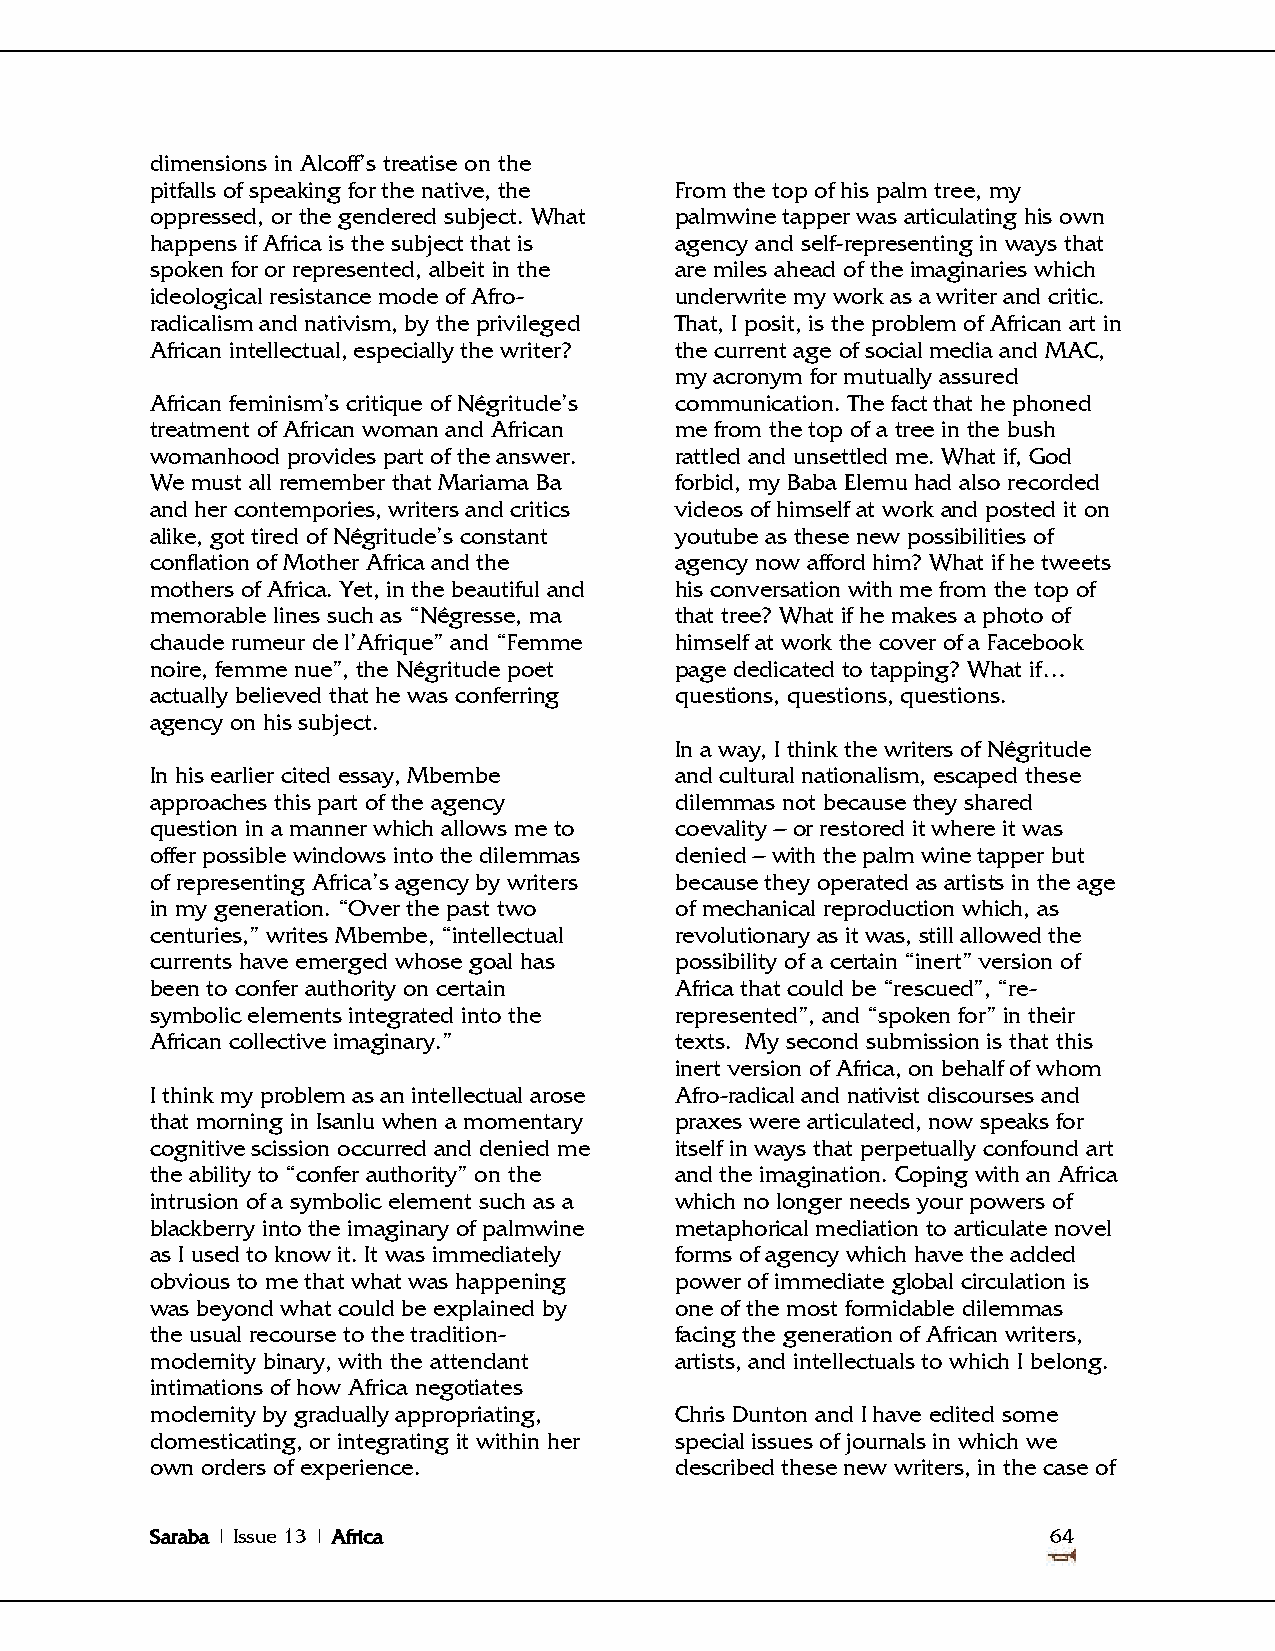
dimensions in Alcoff‘s treatise on the
 pitfalls of speaking for the native, the From the top of his palm tree, my
 oppressed, or the gendered subject. What palmwine tapper was articulating his own
 happens if Africa is the subject that is agency and self-representing in ways that
 spoken for or represented, albeit in the are miles ahead of the imaginaries which
 ideological resistance mode of Afro- underwrite my work as a writer and critic.
 radicalism and nativism, by the privileged That, I posit, is the problem of African art in
 African intellectual, especially the writer? the current age of social media and MAC,
 my acronym for mutually assured
 African feminism‘s critique of Négritude‘s communication. The fact that he phoned
 treatment of African woman and African me from the top of a tree in the bush
 womanhood provides part of the answer. rattled and unsettled me. What if, God
 We must all remember that Mariama Ba forbid, my Baba Elemu had also recorded
 and her contempories, writers and critics videos of himself at work and posted it on
 alike, got tired of Négritude‘s constant youtube as these new possibilities of
 conflation of Mother Africa and the agency now afford him? What if he tweets
 mothers of Africa. Yet, in the beautiful and his conversation with me from the top of
 memorable lines such as ―Négresse, ma that tree? What if he makes a photo of
 chaude rumeur de l‘Afrique‖ and ―Femme himself at work the cover of a Facebook
 noire, femme nue‖, the Négritude poet page dedicated to tapping? What if…
 actually believed that he was conferring questions, questions, questions.
 agency on his subject.
 In a way, I think the writers of Négritude
 In his earlier cited essay, Mbembe and cultural nationalism, escaped these
 approaches this part of the agency dilemmas not because they shared
 question in a manner which allows me to coevality – or restored it where it was
 offer possible windows into the dilemmas denied – with the palm wine tapper but
 of representing Africa‘s agency by writers because they operated as artists in the age
 in my generation. ―Over the past two of mechanical reproduction which, as
 centuries,‖ writes Mbembe, ―intellectual revolutionary as it was, still allowed the
 currents have emerged whose goal has possibility of a certain ―inert‖ version of
 been to confer authority on certain Africa that could be ―rescued‖, ―re-
 symbolic elements integrated into the represented‖, and ―spoken for‖ in their
 African collective imaginary.‖     texts. My second submission is that this
 inert version of Africa, on behalf of whom
 I think my problem as an intellectual arose Afro-radical and nativist discourses and
 that morning in Isanlu when a momentary praxes were articulated, now speaks for
 cognitive scission occurred and denied me itself in ways that perpetually confound art
 the ability to ―confer authority‖ on the and the imagination. Coping with an Africa
 intrusion of a symbolic element such as a which no longer needs your powers of
 blackberry into the imaginary of palmwine metaphorical mediation to articulate novel
 as I used to know it. It was immediately forms of agency which have the added
 obvious to me that what was happening power of immediate global circulation is
 was beyond what could be explained by one of the most formidable dilemmas
 the usual recourse to the tradition- facing the generation of African writers,
 modernity binary, with the attendant artists, and intellectuals to which I belong.
 intimations of how Africa negotiates
 modernity by gradually appropriating, Chris Dunton and I have edited some
 domesticating, or integrating it within her special issues of journals in which we
 own orders of experience.          described these new writers, in the case of
 Saraba | Issue 13 | Africa                                  64